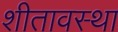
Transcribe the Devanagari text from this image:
शीतावस्था